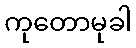
ကုတောမုခါ